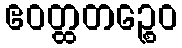
ဧဝတ္ထတဉ္စေဝ